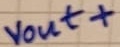
Text: vout+